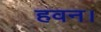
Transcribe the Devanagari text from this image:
हवन।